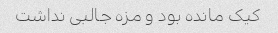
کیک مانده بود و مزه جالبی نداشت